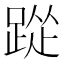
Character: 踨